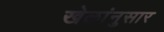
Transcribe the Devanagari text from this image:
खेळांनुसार